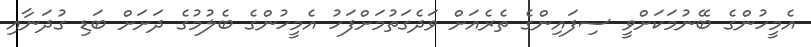
އެމީހުންގެ ބޭނުމަކަށްވީ ސިފައިންގެ ތެރެއަށް ވަދެގަތުމަށްފަހު އެމީހުންގެ ބެލުމުގެ ދަށަށް ބަޑި ގުދަނާއި